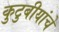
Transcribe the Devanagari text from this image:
कुटुबीयांचे